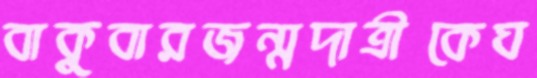
বাকুবারজন্মদাত্রীকেঘ